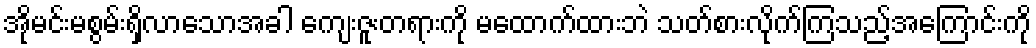
အိုမင်းမစွမ်းရှိလာသောအခါ ကျေးဇူးတရားကို မထောက်ထားဘဲ သတ်စားလိုက်ကြသည့်အကြောင်းကို